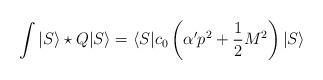
LaTeX: \begin{align*}\int | S \rangle \star Q | S \rangle =\langle S | c_0 \left(\alpha' p^2 +\frac{1}{2} M^2 \right)| S \rangle\end{align*}